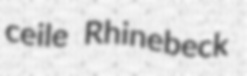
ceile Rhinebeck